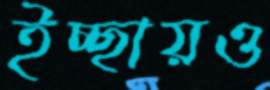
ইচ্ছায়ও